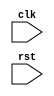
module for_loop_example (
  input wire clk,
  input wire rst
);

  reg [3:0] counter;
  
  always @(posedge clk or posedge rst)
  begin
    if (rst)
      counter <= 4'b0000;
    else
      counter <= counter + 1;
  end
  
  always @(posedge clk)
  begin
    case (counter)
      4'b0000: // First iteration
      begin
        // Insert code for first iteration here
      end
      
      4'b0001: // Second iteration
      begin
        // Insert code for second iteration here
      end
      
      4'b0010: // Third iteration
      begin
        // Insert code for third iteration here
      end
      
      4'b0011: // Fourth iteration
      begin
        // Insert code for fourth iteration here
      end
    endcase
  end
  
endmodule